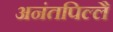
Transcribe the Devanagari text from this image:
अनंतपिल्लै